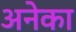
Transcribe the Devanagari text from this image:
अनेका